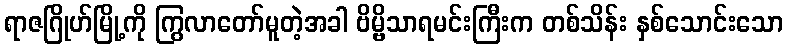
ရာဇဂြိုဟ်မြို့ကို ကြွလာတော်မူတဲ့အခါ ဗိမ္ဗိသာရမင်းကြီးက တစ်သိန်း နှစ်သောင်းသော